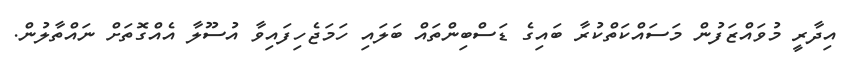
އިދާރީ މުވައްޒަފުން މަސައްކަތްކުރާ ބައިގެ ޑަސްބިންތައް ބަލައި ހަމަޖެހިފައިވާ އުސޫލާ އެއްގޮތަށް ނައްތާލުން.